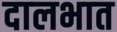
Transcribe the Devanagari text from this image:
दालभात